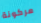
مركونة